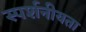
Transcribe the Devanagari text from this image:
स्पर्शनीयता